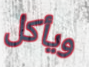
ويأكل